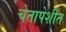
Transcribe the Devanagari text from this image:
चेतापेशींत